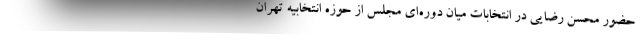
حضور محسن رضایی در انتخابات میان دوره‌ای مجلس از حوزه انتخابیه تهران